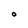
Character: O